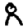
Digit: 8